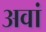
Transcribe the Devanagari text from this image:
अवां